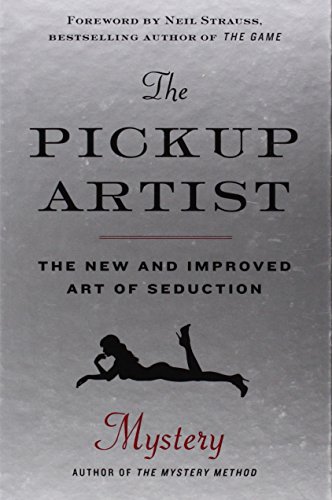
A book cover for The Pickup Artist: The New and Improved Art of Seduction; Mystery; Self-Help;